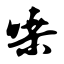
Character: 嗓